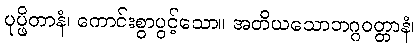
ပုပ္ဖိတာနံ၊ ကောင်းစွာပွင့်သော။ အတိယသောဘဂ္ဂဝတ္တာနံ၊